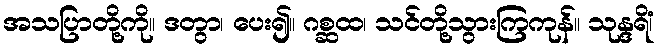
အသပြာတို့ကို။ ဒတွာ၊ ပေး၍။ ဂစ္ဆထ၊ သင်တို့သွားကြကုန်။ သုန္ဒရိံ၊